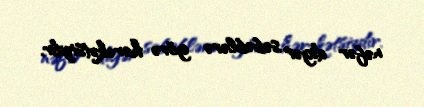
nəfər digər səbəblərə görə hərəkətsizdir.